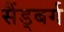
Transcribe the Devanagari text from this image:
सैंड्बर्ग